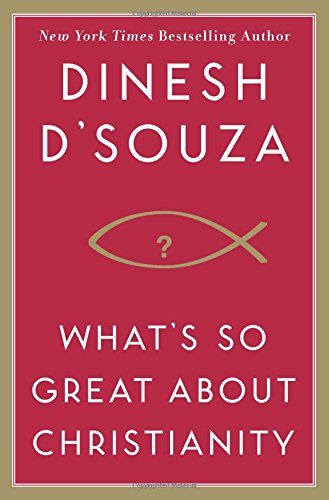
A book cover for What's So Great About Christianity; Dinesh D'Souza; Religion & Spirituality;